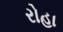
રોહા